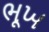
ભૂખ